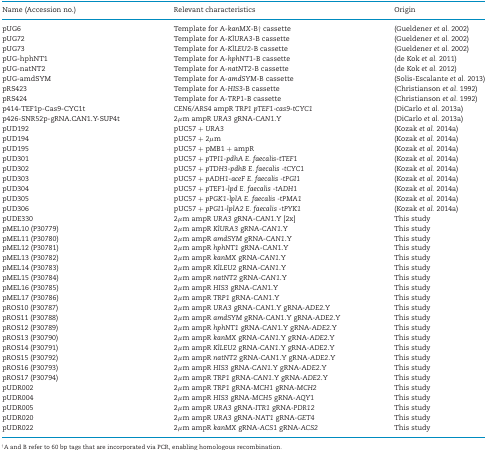
<table><thead><tr><td><b>Name (Accession no.)</b></td><td><b>Relevant characteristics</b></td><td><b>Origin</b></td></tr></thead><tbody><tr><td>pUG6</td><td>Template for A-<i>kanMX</i>-B† cassette</td><td>(Gueldener <i>et al.</i> 2002)</td></tr><tr><td>pUG72</td><td>Template for A-<i>KlURA3</i>-B cassette</td><td>(Gueldener <i>et al.</i> 2002)</td></tr><tr><td>pUG73</td><td>Template for A-<i>KlLEU2</i>-B cassette</td><td>(Gueldener <i>et al.</i> 2002)</td></tr><tr><td>pUG-hphNT1</td><td>Template for A-<i>hphNT1</i>-B cassette</td><td>(de Kok <i>et al.</i> 2011)</td></tr><tr><td>pUG-natNT2</td><td>Template for A-<i>natNT2</i>-B cassette</td><td>(de Kok <i>et al.</i> 2012)</td></tr><tr><td>pUG-amdSYM</td><td>Template for A-<i>amdSYM</i>-B cassette</td><td>(Solis-Escalante <i>et al.</i> 2013)</td></tr><tr><td>pRS423</td><td>Template for A-<i>HIS3-</i>B cassette</td><td>(Christianson <i>et al.</i> 1992)</td></tr><tr><td>pRS424</td><td>Template for A-<i>TRP1</i>-B cassette</td><td>(Christianson <i>et al.</i> 1992)</td></tr><tr><td>p414-TEF1p-Cas9-CYC1t</td><td><i>CEN6/ARS4</i> ampR <i>TRP1 pTEF1-cas9-tCYC1</i></td><td>(DiCarlo <i>et al.</i> 2013a)</td></tr><tr><td>p426-SNR52p-gRNA.CAN1.Y-SUP4t</td><td>2μm ampR <i>URA3</i> gRNA-<i>CAN1</i>.Y</td><td>(DiCarlo <i>et al.</i> 2013a)</td></tr><tr><td>pUD192</td><td>pUC57 + <i>URA3</i></td><td>(Kozak <i>et al.</i> 2014a)</td></tr><tr><td>pUD194</td><td>pUC57 + 2μm</td><td>(Kozak <i>et al.</i> 2014a)</td></tr><tr><td>pUD195</td><td>pUC57 + pMB1 + ampR</td><td>(Kozak <i>et al.</i> 2014a)</td></tr><tr><td>pUD301</td><td>pUC57 + <i>pTPI1-pdhA E. faecalis-tTEF1</i></td><td>(Kozak <i>et al.</i> 2014a)</td></tr><tr><td>pUD302</td><td>pUC57 + <i>pTDH3-pdhB E. faecalis -tCYC1</i></td><td>(Kozak <i>et al.</i> 2014a)</td></tr><tr><td>pUD303</td><td>pUC57 + <i>pADH1-aceF E. faecalis -tPGI1</i></td><td>(Kozak <i>et al.</i> 2014a)</td></tr><tr><td>pUD304</td><td>pUC57 + <i>pTEF1-lpd E. faecalis -tADH1</i></td><td>(Kozak <i>et al.</i> 2014a)</td></tr><tr><td>pUD305</td><td>pUC57 + <i>pPGK1-lplA E. faecalis -tPMA1</i></td><td>(Kozak <i>et al.</i> 2014a)</td></tr><tr><td>pUD306</td><td>pUC57 + <i>pPGI1-lplA2 E. faecalis -tPYK1</i></td><td>(Kozak <i>et al.</i> 2014a)</td></tr><tr><td>pUDE330</td><td>2μm ampR <i>URA3</i> gRNA-<i>CAN1</i>.Y [2x]</td><td>This study</td></tr><tr><td>pMEL10 (P30779)</td><td>2μm ampR <i>KlURA3</i> gRNA-<i>CAN1</i>.Y</td><td>This study</td></tr><tr><td>pMEL11 (P30780)</td><td>2μm ampR <i>amdSYM</i> gRNA-<i>CAN1</i>.Y</td><td>This study</td></tr><tr><td>pMEL12 (P30781)</td><td>2μm ampR <i>hphNT1</i> gRNA-<i>CAN1</i>.Y</td><td>This study</td></tr><tr><td>pMEL13 (P30782)</td><td>2μm ampR <i>kanMX</i> gRNA-<i>CAN1</i>.Y</td><td>This study</td></tr><tr><td>pMEL14 (P30783)</td><td>2μm ampR <i>KlLEU2</i> gRNA-<i>CAN1</i>.Y</td><td>This study</td></tr><tr><td>pMEL15 (P30784)</td><td>2μm ampR <i>natNT2</i> gRNA-<i>CAN1</i>.Y</td><td>This study</td></tr><tr><td>pMEL16 (P30785)</td><td>2μm ampR <i>HIS3</i> gRNA-<i>CAN1</i>.Y</td><td>This study</td></tr><tr><td>pMEL17 (P30786)</td><td>2μm ampR <i>TRP1</i> gRNA-<i>CAN1</i>.Y</td><td>This study</td></tr><tr><td>pROS10 (P30787)</td><td>2μm ampR <i>URA3</i> gRNA-<i>CAN1</i>.Y gRNA<i>-ADE2</i>.Y</td><td>This study</td></tr><tr><td>pROS11 (P30788)</td><td>2μm ampR <i>amdSYM</i> gRNA<i>-CAN1</i>.Y gRNA<i>-ADE2</i>.Y</td><td>This study</td></tr><tr><td>pROS12 (P30789)</td><td>2μm ampR <i>hphNT1</i> gRNA<i>-CAN1</i>.Y gRNA<i>-ADE2</i>.Y</td><td>This study</td></tr><tr><td>pROS13 (P30790)</td><td>2μm ampR <i>kanMX</i> gRNA-<i>CAN1</i>.Y gRNA<i>-ADE2</i>.Y</td><td>This study</td></tr><tr><td>pROS14 (P30791)</td><td>2μm ampR <i>KlLEU2</i> gRNA<i>-CAN1</i>.Y gRNA<i>-ADE2</i>.Y</td><td>This study</td></tr><tr><td>pROS15 (P30792)</td><td>2μm ampR <i>natNT2</i> gRNA<i>-CAN1</i>.Y gRNA<i>-ADE2</i>.Y</td><td>This study</td></tr><tr><td>pROS16 (P30793)</td><td>2μm ampR <i>HIS3</i> gRNA<i>-CAN1</i>.Y gRNA<i>-ADE2</i>.Y</td><td>This study</td></tr><tr><td>pROS17 (P30794)</td><td>2μm ampR <i>TRP1</i> gRNA<i>-CAN1</i>.Y gRNA<i>-ADE2</i>.Y</td><td>This study</td></tr><tr><td>pUDR002</td><td>2μm ampR <i>TRP1</i> gRNA<i>-MCH1</i> gRNA<i>-MCH2</i></td><td>This study</td></tr><tr><td>pUDR004</td><td>2μm ampR <i>HIS3</i> gRNA<i>-MCH5</i> gRNA<i>-AQY1</i></td><td>This study</td></tr><tr><td>pUDR005</td><td>2μm ampR <i>URA3</i> gRNA<i>-ITR1</i> gRNA<i>-PDR12</i></td><td>This study</td></tr><tr><td>pUDR020</td><td>2μm ampR <i>URA3</i> gRNA<i>-NAT1</i> gRNA<i>-GET4</i></td><td>This study</td></tr><tr><td>pUDR022</td><td>2μm ampR <i>kanMX</i> gRNA<i>-ACS1</i> gRNA<i>-ACS2</i></td><td>This study</td></tr></tbody></table>